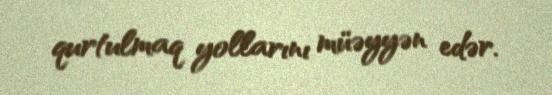
qurtulmaq yollarını müəyyən edər.